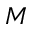
M